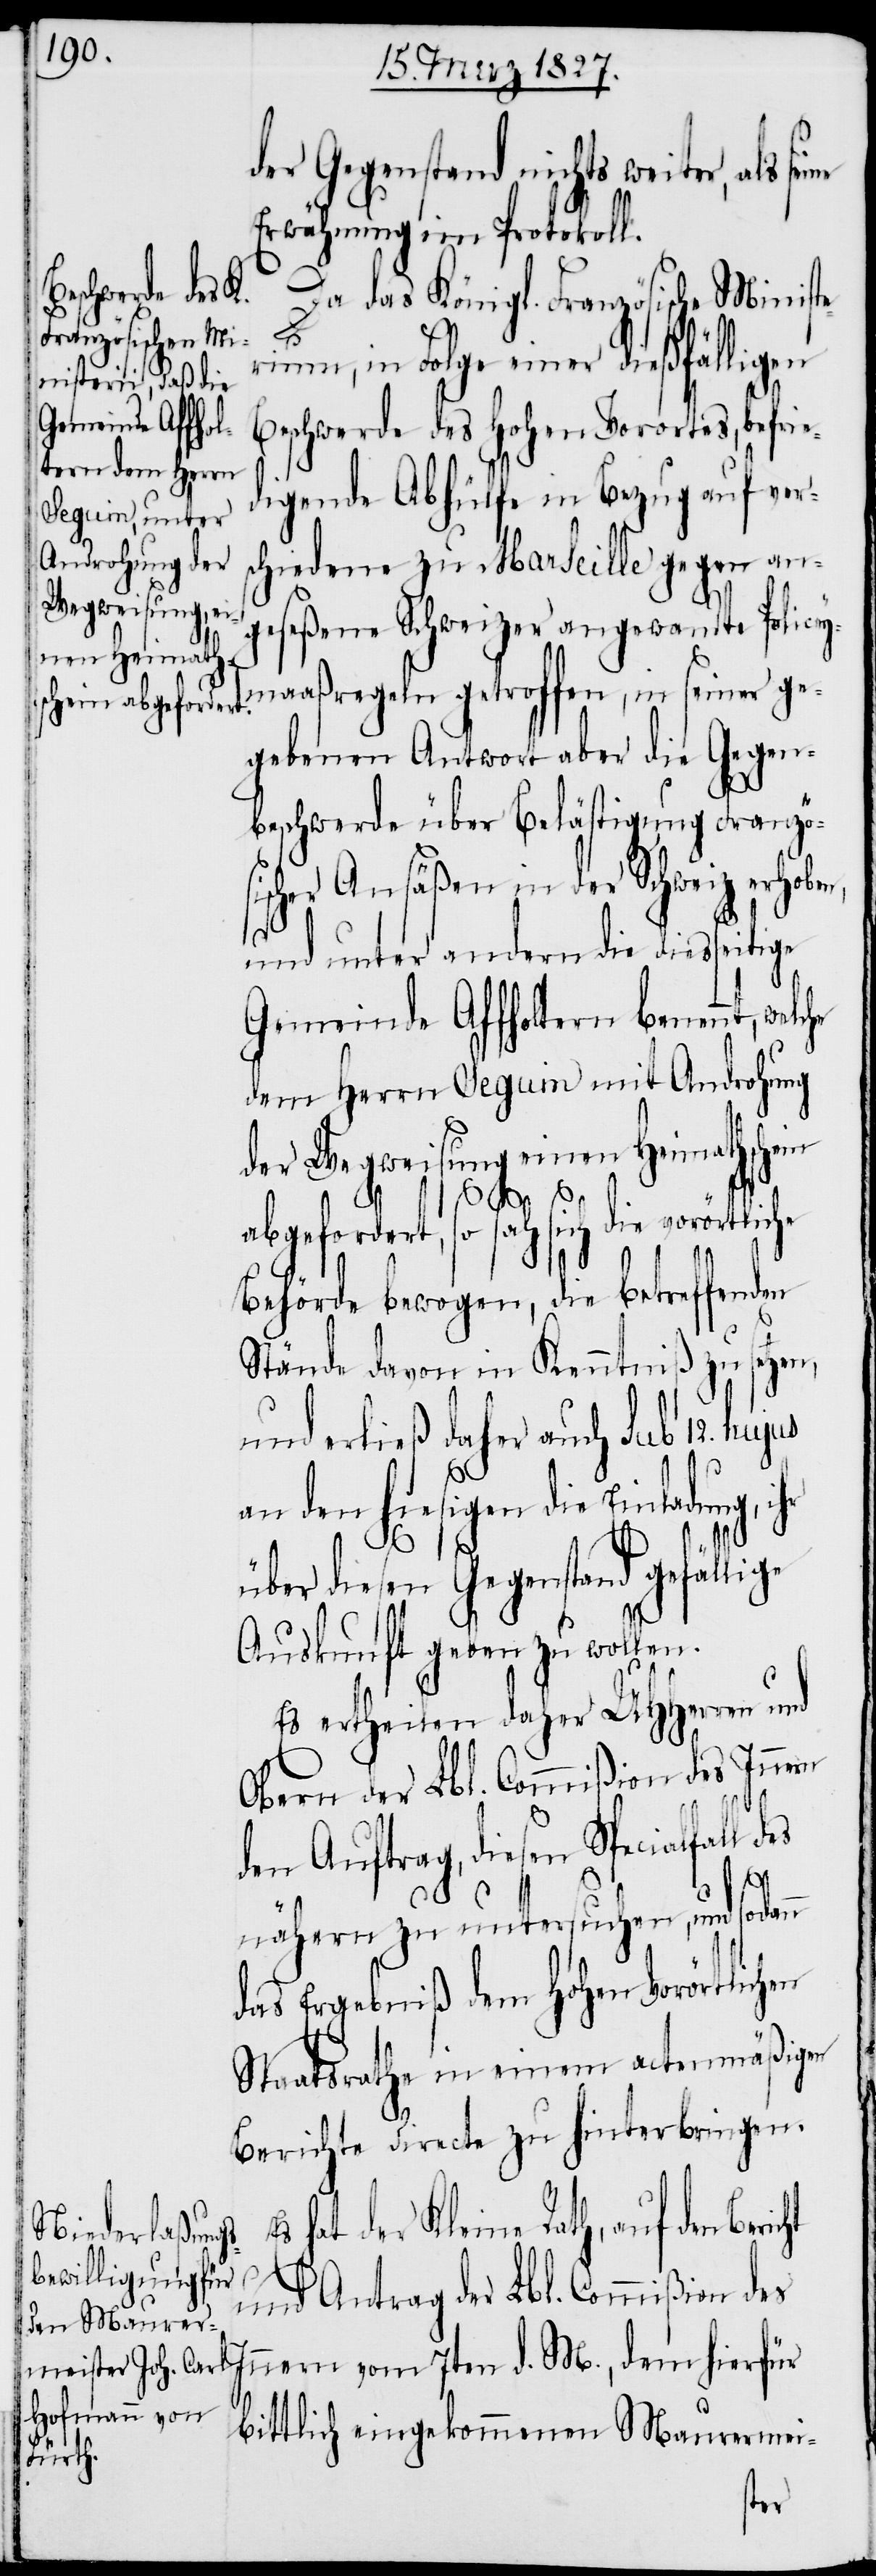
der Gegenstand nichts weiter, als sei¬
Erwähnung im Protokoll.
Da das Königl. Französische Ministe¬
cht
rium, in Folge einer dießfälligen
Beschwerde des Hohen Vorrotes, befri¬
digende Abhülfe in Bezug auf vers¬
chiedene zu Marseille gegen an¬
geseßene Schweizer angewandte Policey¬
maaßregeln getroffen, in seiner ge¬
gebenen Antwort aber die Gegen¬
beschwerde über Belästigung Franzö¬
scher Ansäßen in der Schweiz erhoben,
und unter andern die diesseitige
Gemeinde Affholtern benennt, welche
dem Herrn Seguin mit Androhung
der Wegweisung einen Heimathschein
si¬
abgefordert, so sah sich die
Behörde bewogen, die betreffenden
Stände davon in Kenntniß zu setze¬
und erließ daher auch sub 12. hujus
a¬
n den hiesigen die Einladung,
über diesen Gegenstand gefällige
Auskunft geben zu wollen.
Es ertheilen daher UHHerren
Obern der Lbl. Commißion des Inne¬
den Auftrag, diesen Specialfall d¬
es
nähern zu untersuchen, und sodann
das Ergebniß dem Hohen Vorörtlichen
Staatsrathe in einem actenmäßigen
Berichte directe zu hinterbringen.
hat der Kleine Rath, auf den Beri¬
und Antrag der Lbl. Commißion des
Innern vom 7ten d. M., dem hierfür
bittlich eingekommenen Maurermei-